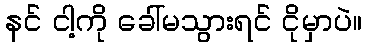
နင် ငါ့ကို ခေါ်မသွားရင် ငိုမှာပဲ။